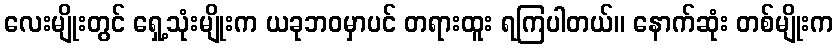
လေးမျိုးတွင် ရှေ့သုံးမျိုးက ယခုဘဝမှာပင် တရားထူး ရကြပါတယ်။ နောက်ဆုံး တစ်မျိုးက